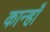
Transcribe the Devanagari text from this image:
कान्हाँ